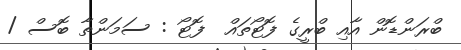
ބްރަންޑޮން އާއި ބްރީގެ ފޮޓޯތައް  ފޮޓޯ : ސަމަންތާ ބޮސް /